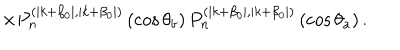
\times P _ { n } ^ { ( \mid k + \beta _ { 0 } \mid , \mid k + \beta _ { 0 } \mid ) } \left( \cos \theta _ { b } \right) P _ { n } ^ { ( \mid k + \beta _ { 0 } \mid , \mid k + \beta _ { 0 } \mid ) } \left( \cos \theta _ { a } \right) .